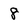
Character: 8